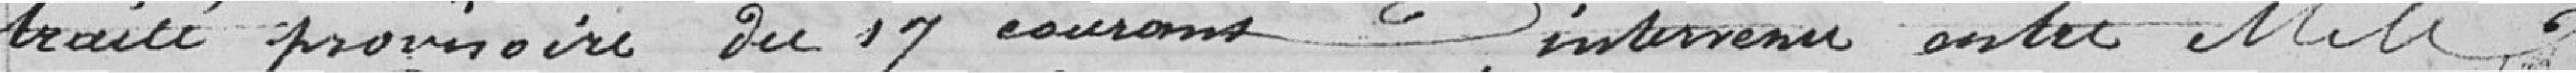
traité provisoire du 17 courant, d'intervenir entre Monsieur Le